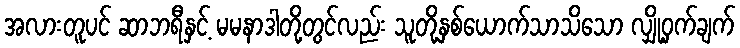
အလားတူပင် ဆာဘရီနှင့် မမနာဒါတို့တွင်လည်း သူတို့နှစ်ယောက်သာသိသော လျှို့ဝှက်ချက်